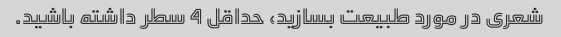
شعری در مورد طبیعت بسازید، حداقل 4 سطر داشته باشید.